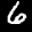
Label: 6